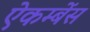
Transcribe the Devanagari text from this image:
ऐकम्बेंस